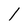
Character: l